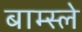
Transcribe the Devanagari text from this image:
बाम्स्ले